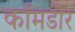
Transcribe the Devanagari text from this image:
कॉमडोर